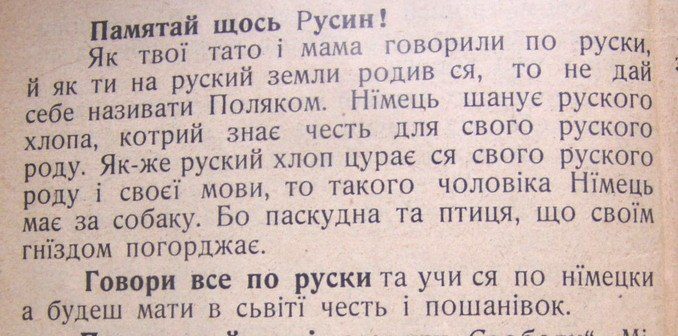
Language: uk